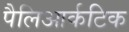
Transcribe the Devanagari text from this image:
पैलिआर्कटिक